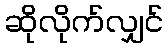
ဆိုလိုက်လျှင်